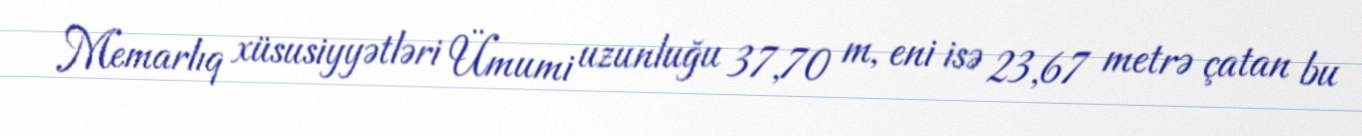
Memarlıq xüsusiyyətləri Ümumi uzunluğu 37,70 m, eni isə 23,67 metrə çatan bu